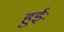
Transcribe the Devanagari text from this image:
हुईः